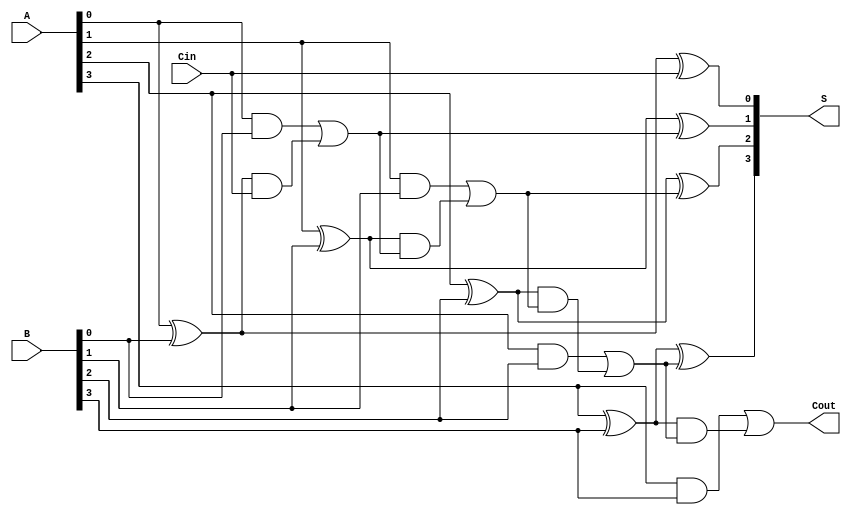
module RCLA #(parameter n = 4) (
    input  [n-1:0] A,    // First input
    input  [n-1:0] B,    // Second input
    input         Cin,    // Carry-in
    output [n-1:0] S,     // Sum output
    output        Cout     // Carry-out
);

    // Intermediate signals for propagate and generate
    wire [n-1:0] P; // Propagate
    wire [n-1:0] G; // Generate
    wire [n:0] C;   // Carry signals

    // Generate propagate and generate signals
    genvar i;
    generate
        for (i = 0; i < n; i = i + 1) begin : PG_GEN
            assign P[i] = A[i] ^ B[i]; // Propagate
            assign G[i] = A[i] & B[i]; // Generate
        end
    endgenerate

    // Carry Lookahead Logic
    assign C[0] = Cin;
    generate
        for (i = 1; i <= n; i = i + 1) begin : C_GEN
            assign C[i] = G[i-1] | (P[i-1] & C[i-1]);
        end
    endgenerate

    // Sum calculation
    generate
        for (i = 0; i < n; i = i + 1) begin : SUM_GEN
            assign S[i] = P[i] ^ C[i]; // Sum
        end
    endgenerate

    // Final carry-out
    assign Cout = C[n];

endmodule